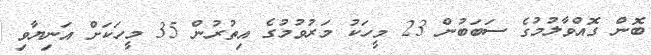
ބޮން ގޮއްވާލުމުގެ ސަބަބުން 23 މީހަކު މަރުވުމުގެ އިތުރުން 35 މީހަކަށް އަނިޔާވި